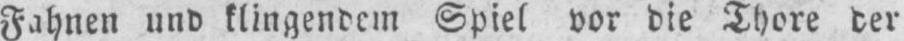
Fahnen und klingendem Spiel vor die Thore der